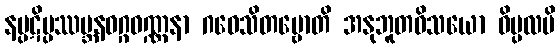
နပ္ပဋိပ္ပဿမ္ဘနဝဂ္ဂဝဏ္ဏနာ ဂဝေသိတဗ္ဗောတိ အနုဘူတဝိသယော ဝိပ္ပလပိ